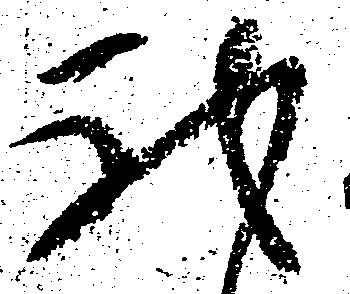
我